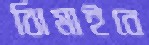
ঝিমাইবে